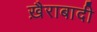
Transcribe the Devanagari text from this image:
ख़ैराबादी